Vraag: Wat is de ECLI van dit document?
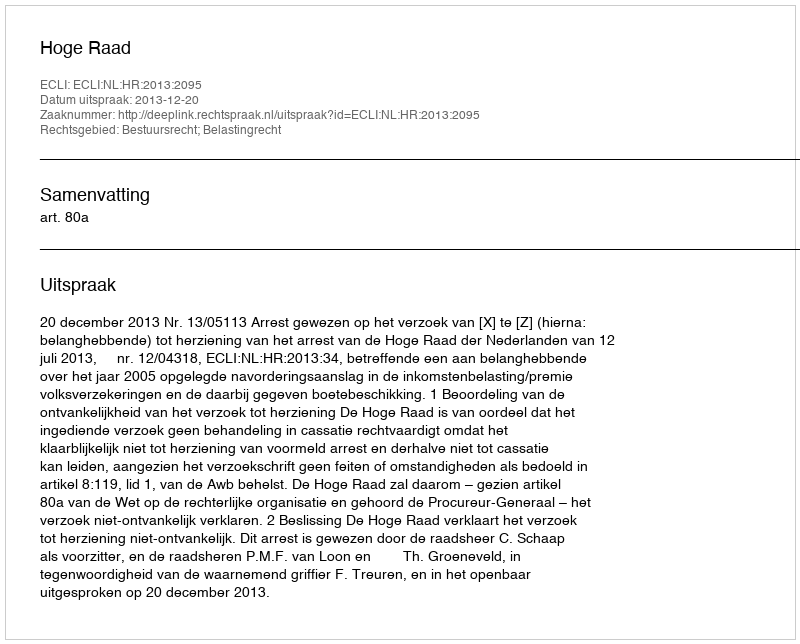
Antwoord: ECLI:NL:HR:2013:2095